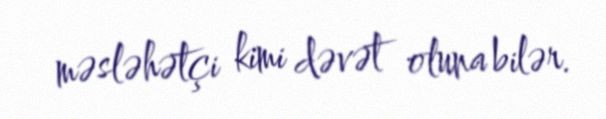
məsləhətçi kimi dəvət oluna bilər.